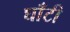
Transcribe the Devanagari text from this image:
घाँटी